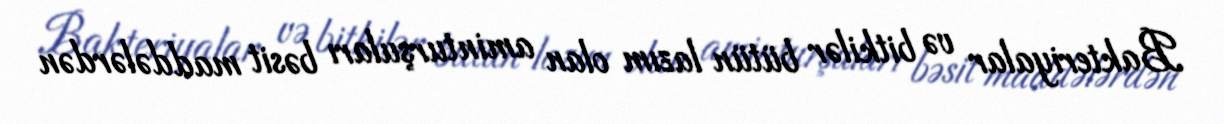
Bakteriyalar və bitkilər bütün lazım olan aminturşuları bəsit maddələrdən